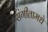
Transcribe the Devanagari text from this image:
संगीतामधे